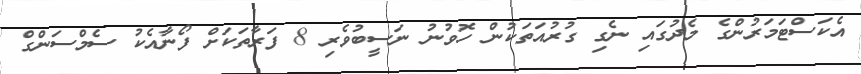
އެކަސްޓަމަރުންގެ މެދުގައި ނެގި ގުރުއަތަކުން ހޮވުނު ނަސީބުވެރި 8 ފަރާތަކަށް ފޯނާއެކު ސެމްސަންގް